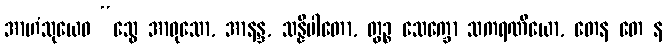
အာဟံသုယေဝ “သွေ အာဝုသော, အာနန္ဒ, သန္နိပါတော, တွဉ္စ သေက္ခော သကရဏီယော, တေန တေ န